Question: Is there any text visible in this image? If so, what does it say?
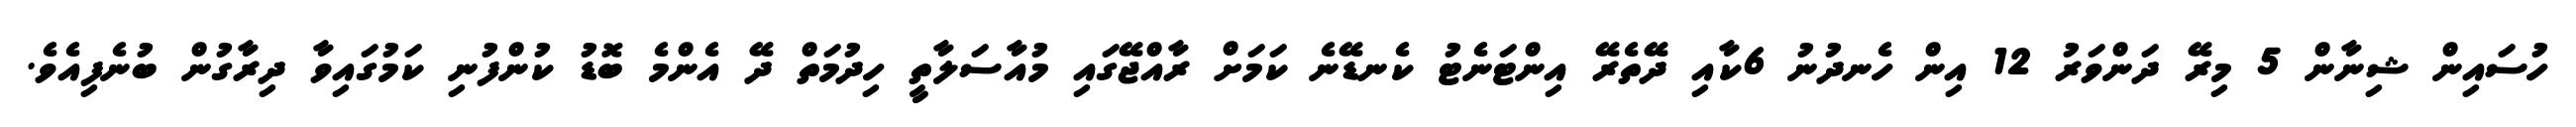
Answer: ހުސައިން ޝިނާން 5 މިރޭ ދަންވަރު 12 އިން ހެނދުނު 6ކާއި ދޭތެރޭ އިންޓަނެޓު ކެނޑޭނެ ކަމަށް ރާއްޖޭގައި މުއާސަލާތީ ހިދުމަތް ދޭ އެންމެ ބޮޑު ކުންފުނި ކަމުގައިވާ ދިރާގުން ބުނެފިއެވެ.